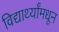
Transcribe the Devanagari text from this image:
विद्यार्थ्यांमधून